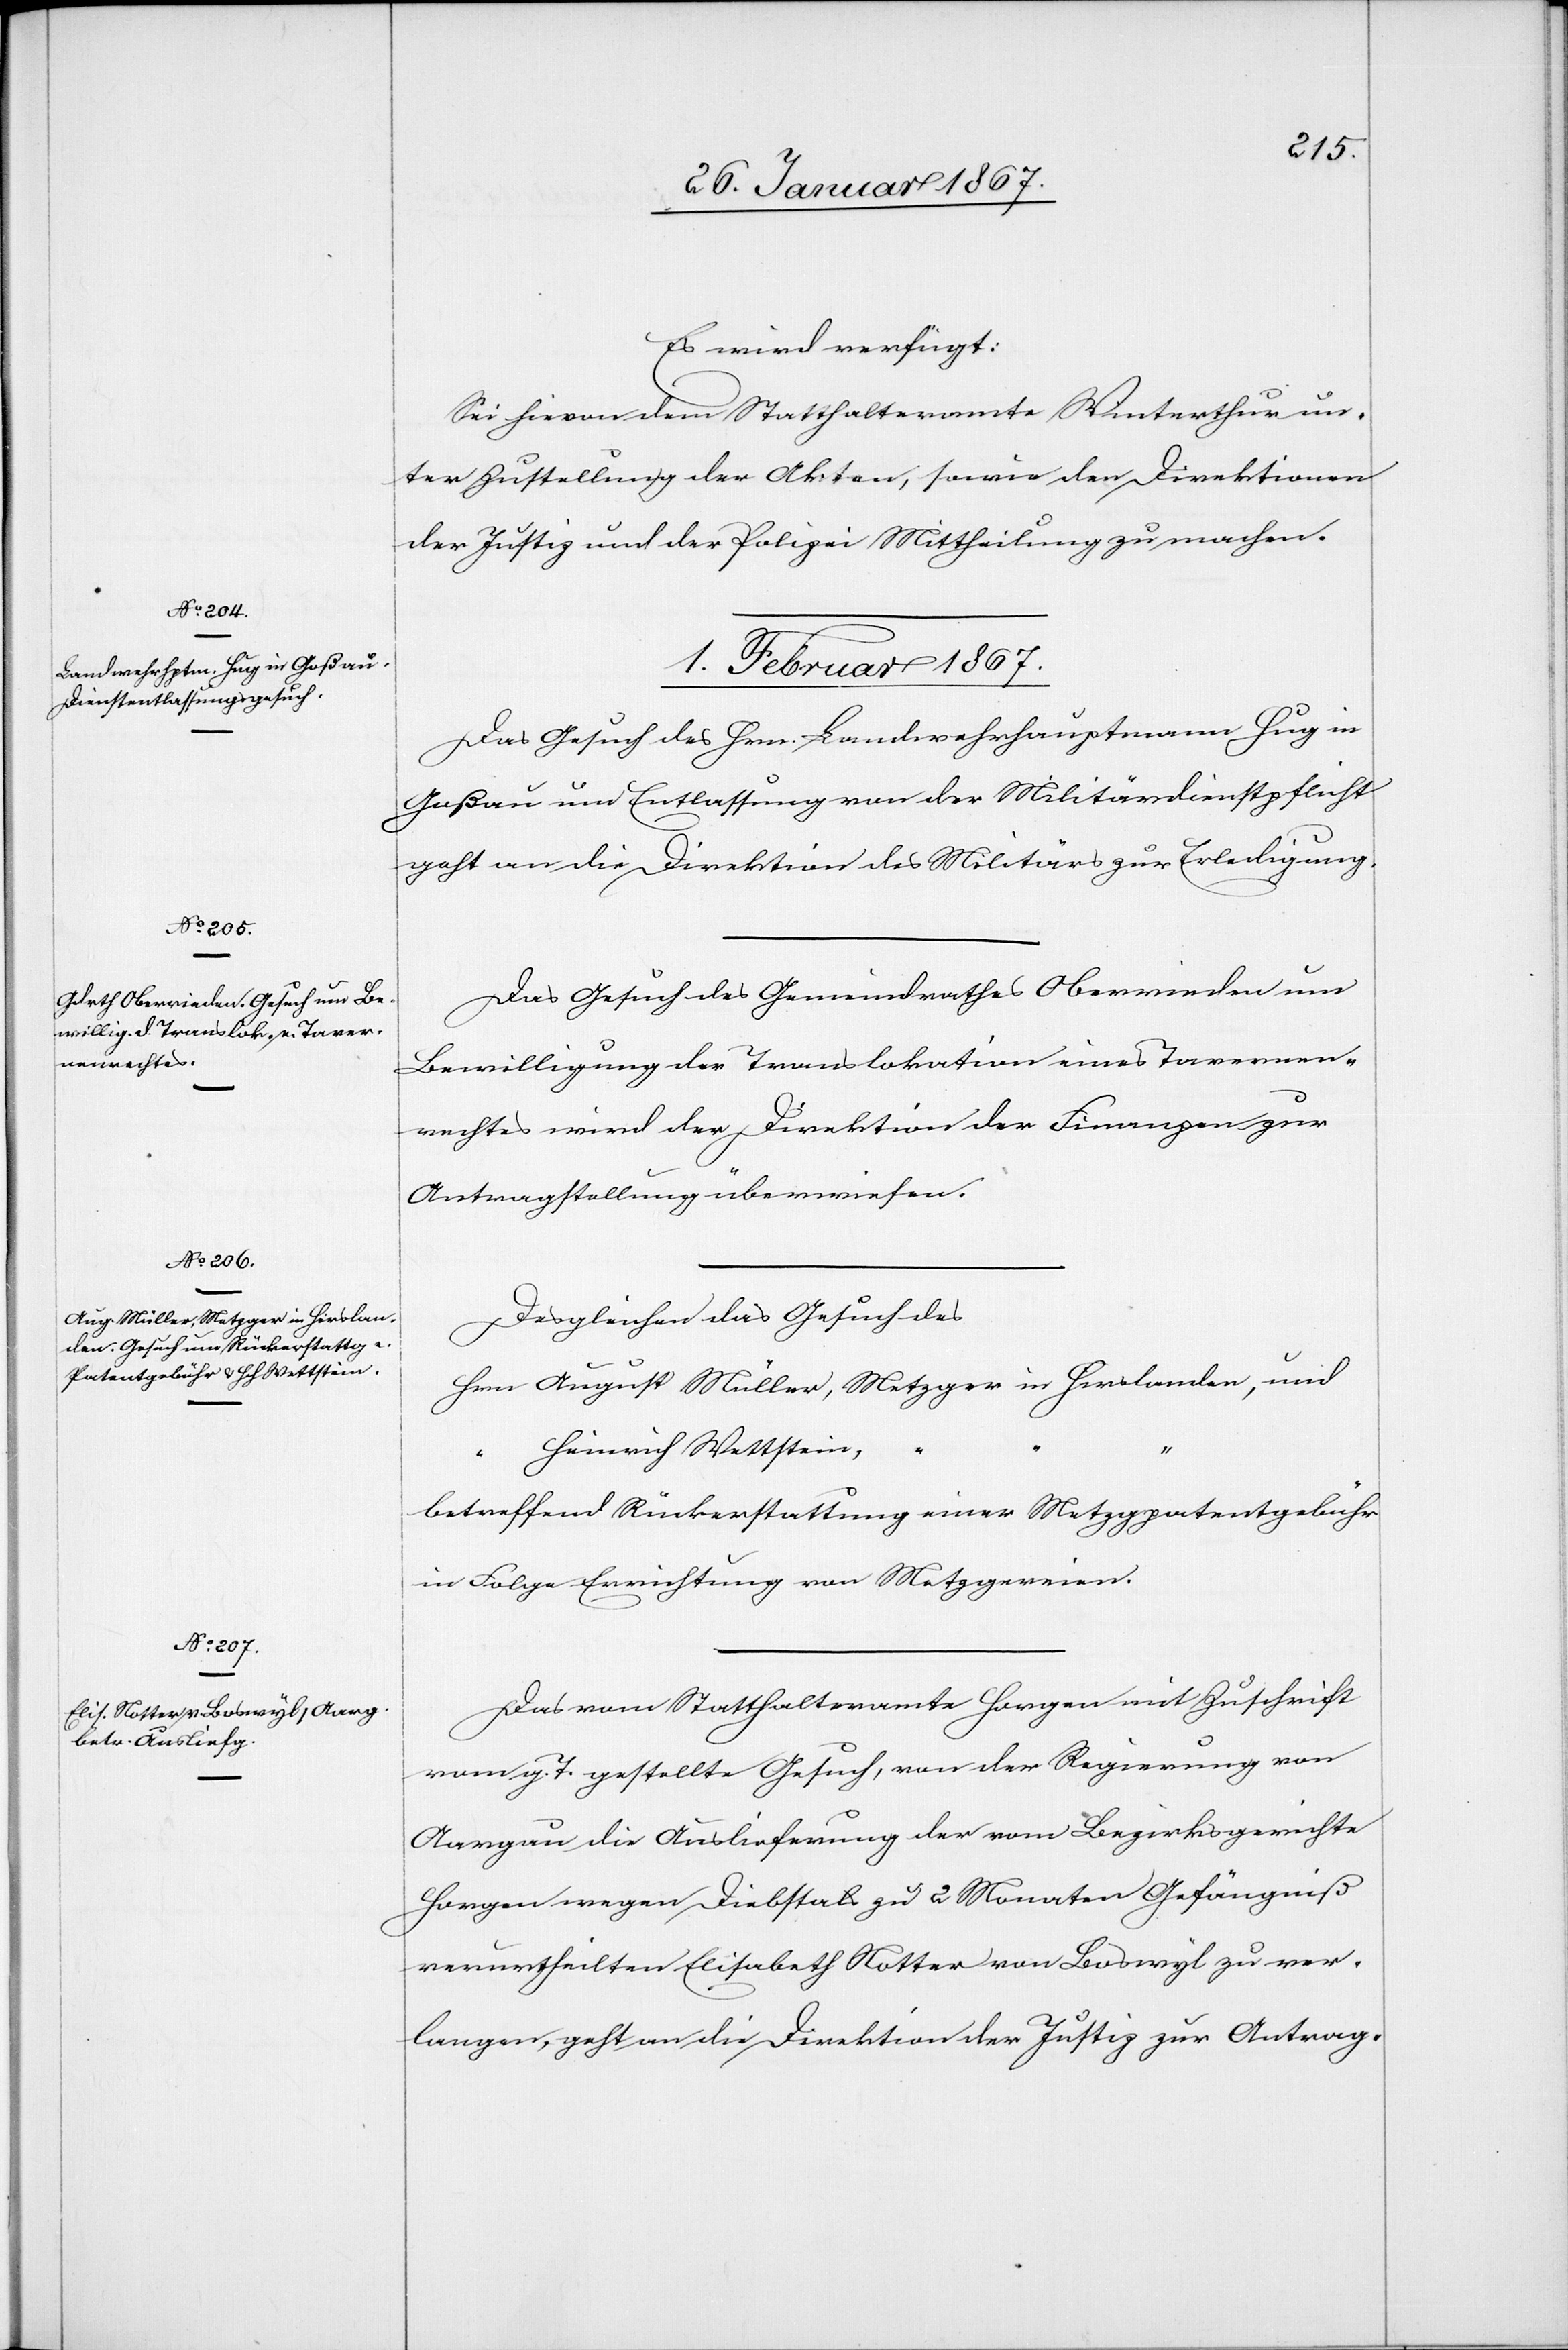
Es wird verfügt:
Sei hievon dem Statthalteramt Winterthur un¬
ter Zustellung der Akten, sowie den Direktionen
der Justiz und der Polizei Mittheilung zu machen.
1. Februar 1867.]
Das Gesuch des Hrn. Landwehrhauptmann Hug in
Goßau um Entlassung von der Militärdienstpflicht
geht an die Direktion des Militärs zur Erledigung.
Das Gesuch des Gemeindrathes Oberrieden um
Bewilligung der Translokation eines Tavernen¬
rechtes wird der Direktion der Finanzen zur
Antragstellung überwiesen.
Desgleichen das Gesuch des
Hrn 	August Müller, 	Metzger in Hirslanden, und
Heinrich Wettstein,
betreffend Rückerstattung einer Metzgerpatentgebühr
in Folge Einrichtung von Metzgereien.
Das vom Statthalteramt Horgen mit Zuschrift
vom g. T. gestellte Gesuch, von der Regierung von
Aargau die Auslieferung der vom Bezirksgerichte
Horgen wegen Diebstals zu 2 Monaten Gefängniß
verutheilten Elisabeth Notter von Boswyl zu ver¬
langen, geht an die Direktion der Justiz zur Antrag-